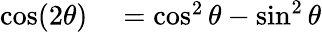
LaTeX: \begin{array}{rl}{\cos(2\theta)}&{{}=\cos^{2}\theta-\sin^{2}\theta}\end{array}